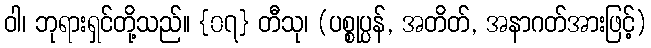
ဝါ၊ ဘုရားရှင်တို့သည်။ {၀၇} တီသု၊ (ပစ္စုပ္ပန်, အတိတ်, အနာဂတ်အားဖြင့်)